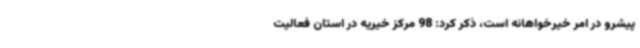
پیشرو در امر خیرخواهانه است، ذکر کرد: 98 مرکز خیریه در استان فعالیت